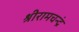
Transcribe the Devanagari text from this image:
श्रीरामचन्द्रं